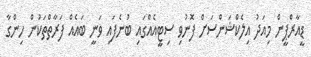
ޑީއާރްޕީން މިއަދު އިލެކްޝަންސަށް ފޮނުވި ސިޓީއެއްގައި ބުނެފައި ވަނީ ބައެއް ފަރާތްތަކުން ހިންގާ